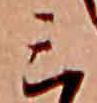
ミ